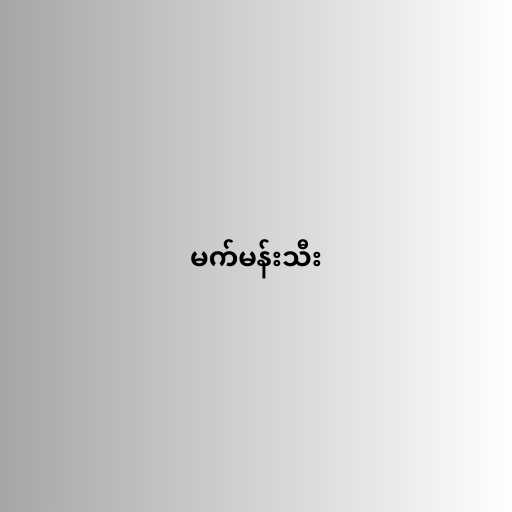
မက်မန်းသီး